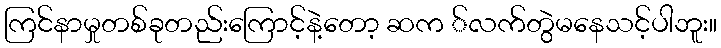
ကြင်နာမှုတစ်ခုတည်းကြောင့်နဲ့တော့ ဆက ်လက်တွဲမနေသင့်ပါဘူး။